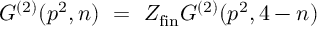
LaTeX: G ^ { ( 2 ) } ( p ^ { 2 } , n ) ~ = ~ Z _ { \mathrm { \footnotesize { f i n } } } G ^ { ( 2 ) } ( p ^ { 2 } , 4 - n )